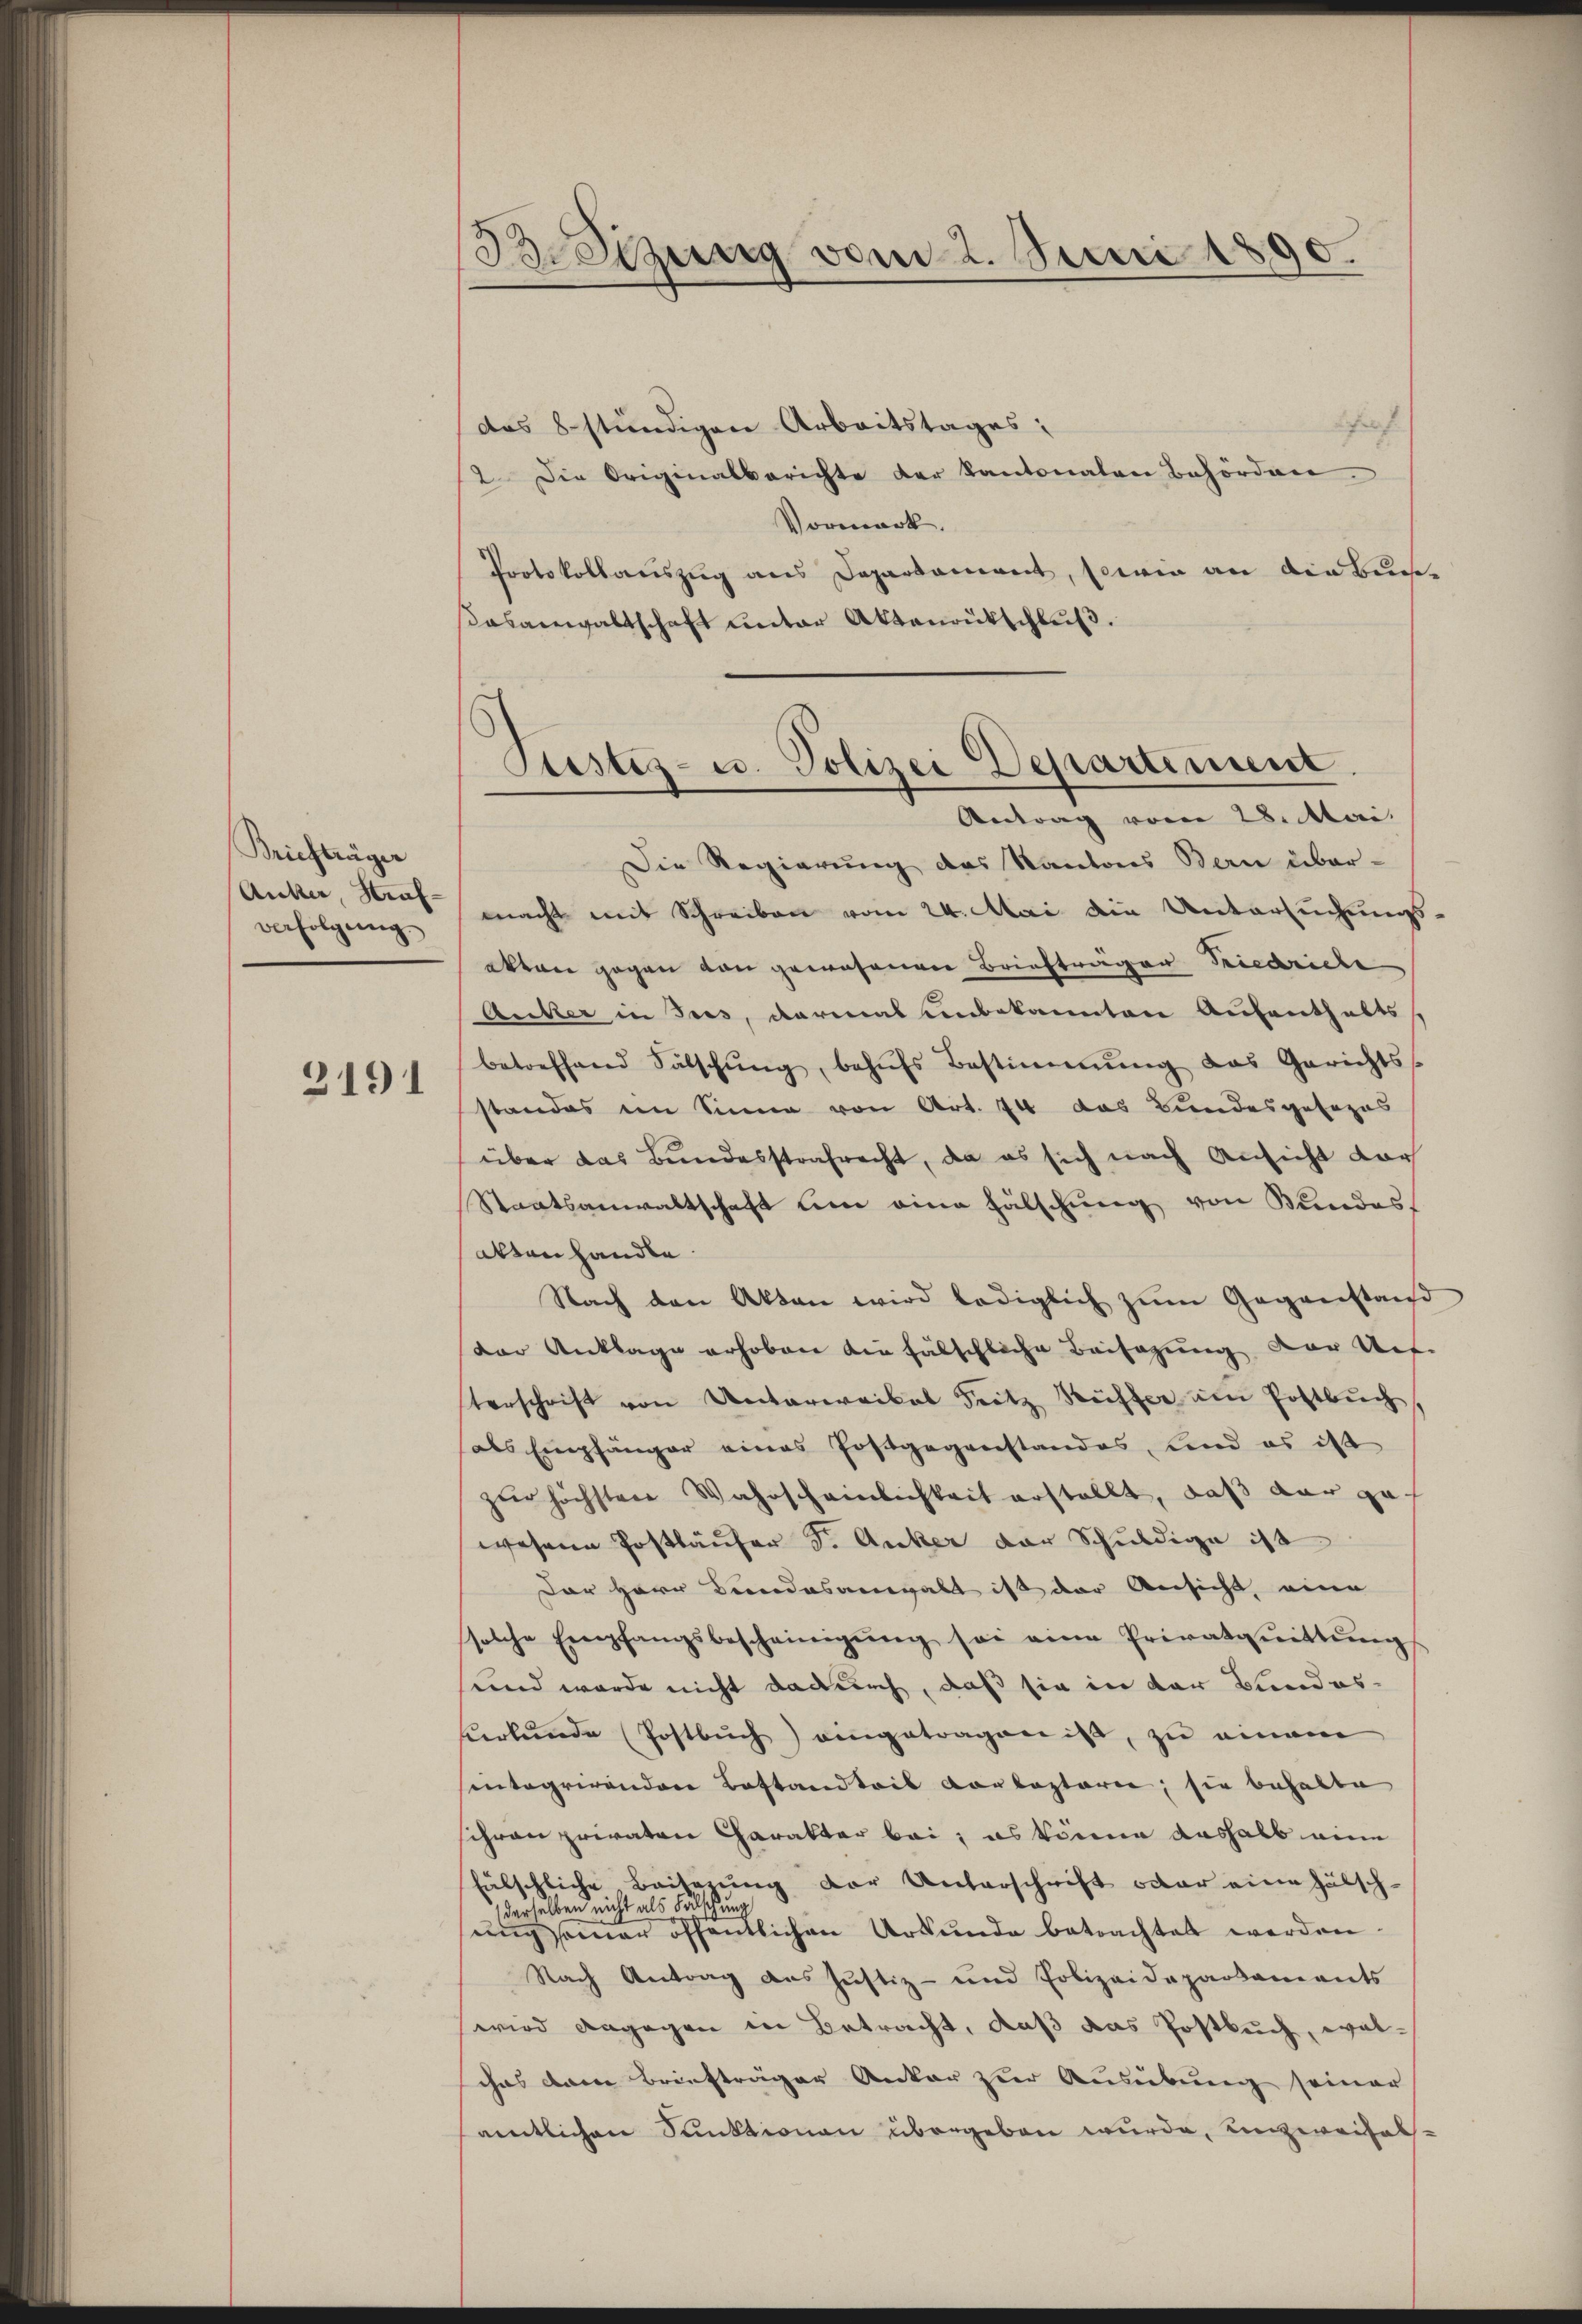
Briefträger
Anker, Kraf
verfolgung
3191

BSizung vom 2. Juni 1890.

das 8stündigen Arbeitstages:
i
2. Die Originalberichte der Kantonalen Behördnen.
Vormark.
Protokollauszug aus Departament, sowie an die Buch-
Casanwaltschaft unter Aktenrütschluß.
Die Regierung des Kantons Bern über-
macht mit Schreiben vom 24. Mai die Untersuchungs-
akten gegen von gewesenen Briefträger Friedriche
Anker in Jus, darias unbekannten Aufenthaltss
betreffend Sälschŭng behŭfs Bestimmŭng das Gerichts
standes im Sinne von Art. 74 das Bundesgesezes
über das Bundesstrafrecht, da es sich nach Ansicht dar
Staatsanwaltschaft um eine Fälschung von Kundes-
altenhandle.
Nach den Akten wird lediglich zŭm Gegenstand
der Anklage erhoben die fälschliche Beisagung der Unt
terschrift von Unterwaikal Fritz Riffer am Postbuch.
als Empfänger eines Postgegenstandes, und es ist
zŭr höchsten Wahrscheinlichkeit erstellt, daβ der gewesene Postläufer J. Anker der Schuldige ist
Der Herr Bundesangalt ist der Ansicht, eine
solche Empfangsbescheinigŭng sei eine Privatquittŭng
und werde nicht dadurch, daß sie in der Bundeshurkunde (Postbuch) eingetragen ist, zu einem
intogrirendere Bestandtris Corboptorie, sie behalte
schronpriraten Charakter bei; es könne aushalb eine
fälschliche, Baiserung der Unterschrift oder eine Hälschderselben nicht als Fälschung
ŭngssamer öffentlichen Urkunde betrachtet werden.
Nach Antrag aus Justiz- und Polizeidepartaments
wird dagegen in Betracht, daß das Postbuch, welchas dann Briefträger Ankar zur Ausübung seiner
amtlichen Sunktionen übergeben wurde, unzweifal¬

Justiz- u. Polizei Departement.
Antrag vom 28. Mai.